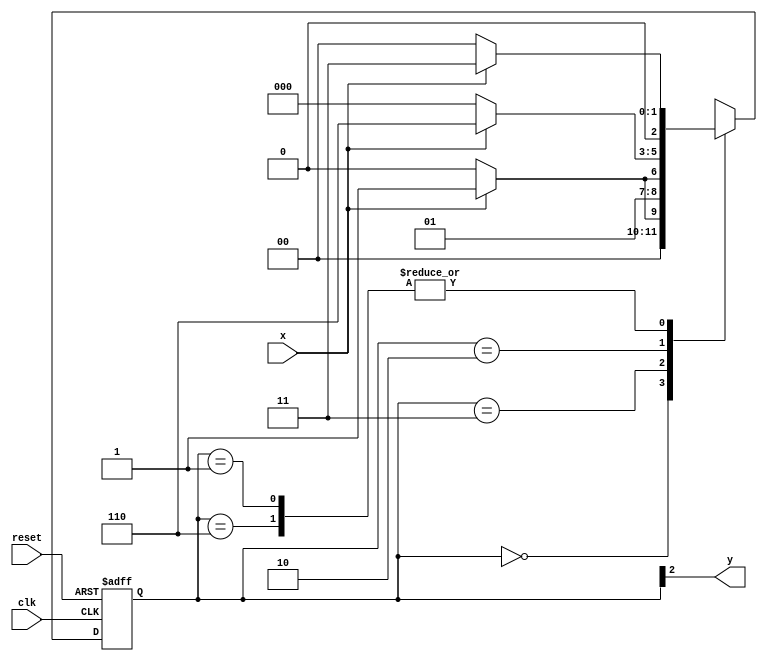
// --------------
// --- Moore FSM
// --------------
/*
                                         Moore FSM Diagram
                                      ____________________
                                     /                                      \
              1             1     v        0                  1        1 |   // found
   [start] ---> [id1] ---> [id11] ---> [id110] ---> [id1101]
     ^  \0         0 |           1/   ^             0 |          0 |
      \_/             /              \__/              |            |
       \________/                                /             |
        \                                             /             /
         \_________________________/             /
          \                                                         /
           \______________________________ /
*/
// constant definition
`define found       1
`define notfound 0
// FSM by Moore
module  moore1101 ( y, x, clk, reset );
output y;
input  x;
input   clk;
input   reset;
reg      y;
parameter        // state identifiers
   start     = 3'b000,
   id1      = 3'b001,
   id11     = 3'b011,
   id110   = 3'b010,
   id1101 = 3'b110;  //  signal found
reg [2:0] E1;// current state variables
   reg [2:0] E2;// next state logic output// next state logic
   always @( x or E1 )
    begin
     case( E1 )
      start:
        if ( x )
         E2 = id1;
        else
         E2 = start;
      id1:
        if ( x )
         E2 = id11;
        else
         E2 = start;
      id11:
        if ( x )
         E2 = id11;
        else
         E2 = id110;
      id110:
        if ( x )
         E2 = id1101;
        else
         E2 = start;
      id1101:
        if ( x )
         E2 = id11;
        else
         E2 = start;
     default:   // undefined statee  
         E2 = 3'bxxx;
     endcase
    end // always at signal or state changing
// state variables
   always @( posedge clk or negedge reset )
    begin
     if ( reset )
      E1 = E2;    // updates current state
     else
      E1 = 0;     // reset
    end // always at signal changing
// output logic
   always @( E1 )
    begin
     y = E1[2];   // first bit of state value (MOORE indicator)
    end // always at state changing
endmodule // moore1101